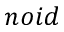
n o i d